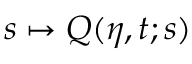
s \mapsto Q ( \eta , t ; s )